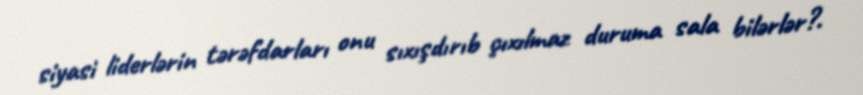
siyasi liderlərin tərəfdarları onu sıxışdırıb çıxılmaz duruma sala bilərlər?.